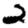
Digit: 2